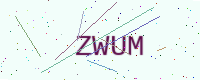
Text: ZWUM